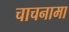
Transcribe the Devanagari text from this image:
चाचनामा